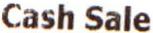
CASH SALE